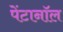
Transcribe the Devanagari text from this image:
पेंटानॉल